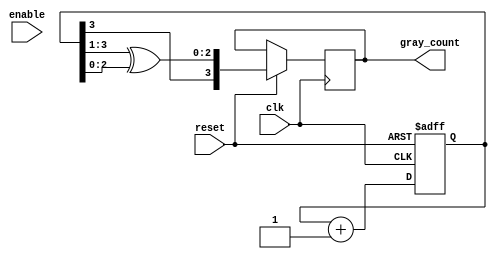
// // Gray counter

// module gray_counter #(parameter N = 4)(
// 	input 		         clk       , 
// 	input 		         enable    , 
// 	input 		         reset     ,
// 	output reg [N - 1:0] gray_count
// );

// // Implementation:

// // There's an imaginary bit in the counter, at q[-1], that resets to 1
// // (unlike the rest of the bits of the counter) and flips every clock cycle.
// // The decision of whether to flip any non-imaginary bit in the counter
// // depends solely on the bits below it, down to the imaginary bit.	It flips
// // only if all these bits, taken together, match the pattern 10* (a one
// // followed by any number of zeros).

// // Almost every non-imaginary bit has a submodule instance that sets the
// // bit based on the values of the lower-order bits, as described above.
// // The rules have to differ slightly for the most significant bit or else 
// // the counter would saturate at it's highest value, 1000...0.

// 	// q is the counter, plus the imaginary bit
// 	reg q [N - 1:-1];
	
// 	// no_ones_below[x] = 1 iff there are no 1's in q below q[x]
// 	reg no_ones_below [N - 1:-1];
	
// 	// q_msb is a modification to make the msb logic work
// 	reg q_msb;
	
// 	integer i, j, k;
	
// 	always @ (posedge reset or posedge clk)
// 	begin
// 		if (reset)
// 		begin
		
// 			// Resetting involves setting the imaginary bit to 1
// 			q[-1] <= 1;
// 			for (i = 0; i <= N - 1; i = i + 1)
// 				q[i] <= 0;
				
// 		end
// 		else if (enable)
// 		begin
// 			// Toggle the imaginary bit
// 			q[-1] <= ~q[-1];
			
// 			for (i = 0; i < N - 1; i = i + 1)
// 			begin
				
// 				// Flip q[i] if lower bits are a 1 followed by all 0's
// 				q[i] <= q[i] ^ (q[i-1] & no_ones_below[i-1]);
			
// 			end
			
// 			q[N - 1] <= q[N - 1] ^ (q_msb & no_ones_below[N - 2]);
// 		end
// 	end
	
	
// 	always @(*)
// 	begin
		
// 		// There are never any 1's beneath the lowest bit
// 		no_ones_below[-1] <= 1;
		
// 		for (j = 0; j < N - 1; j = j + 1)
// 			no_ones_below[j] <= no_ones_below[j-1] & ~q[j-1];
			
// 		q_msb <= q[N - 1] | q[N - 2];
		
// 		// Copy over everything but the imaginary bit
// 		for (k = 0; k < N; k = k + 1)
// 			gray_count[k] <= q[k];
// 		end	
		
// endmodule

module gray_counter #(parameter N = 4)(
	input 		         clk       , 
	input 		         enable    , 
	input 		         reset     ,
	output reg [N - 1:0] gray_count
);
	reg [N - 1:0] q;

	always @(posedge clk or negedge reset) begin
		if(~reset) begin
			q <= 0;
		end else begin
			q <= q + 1;
			gray_count <= {q[N-1], q[N-1:1] ^ q[N-2:0]};
		end
	end
endmodule